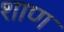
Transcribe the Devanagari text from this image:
शाण